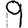
Digit: 9